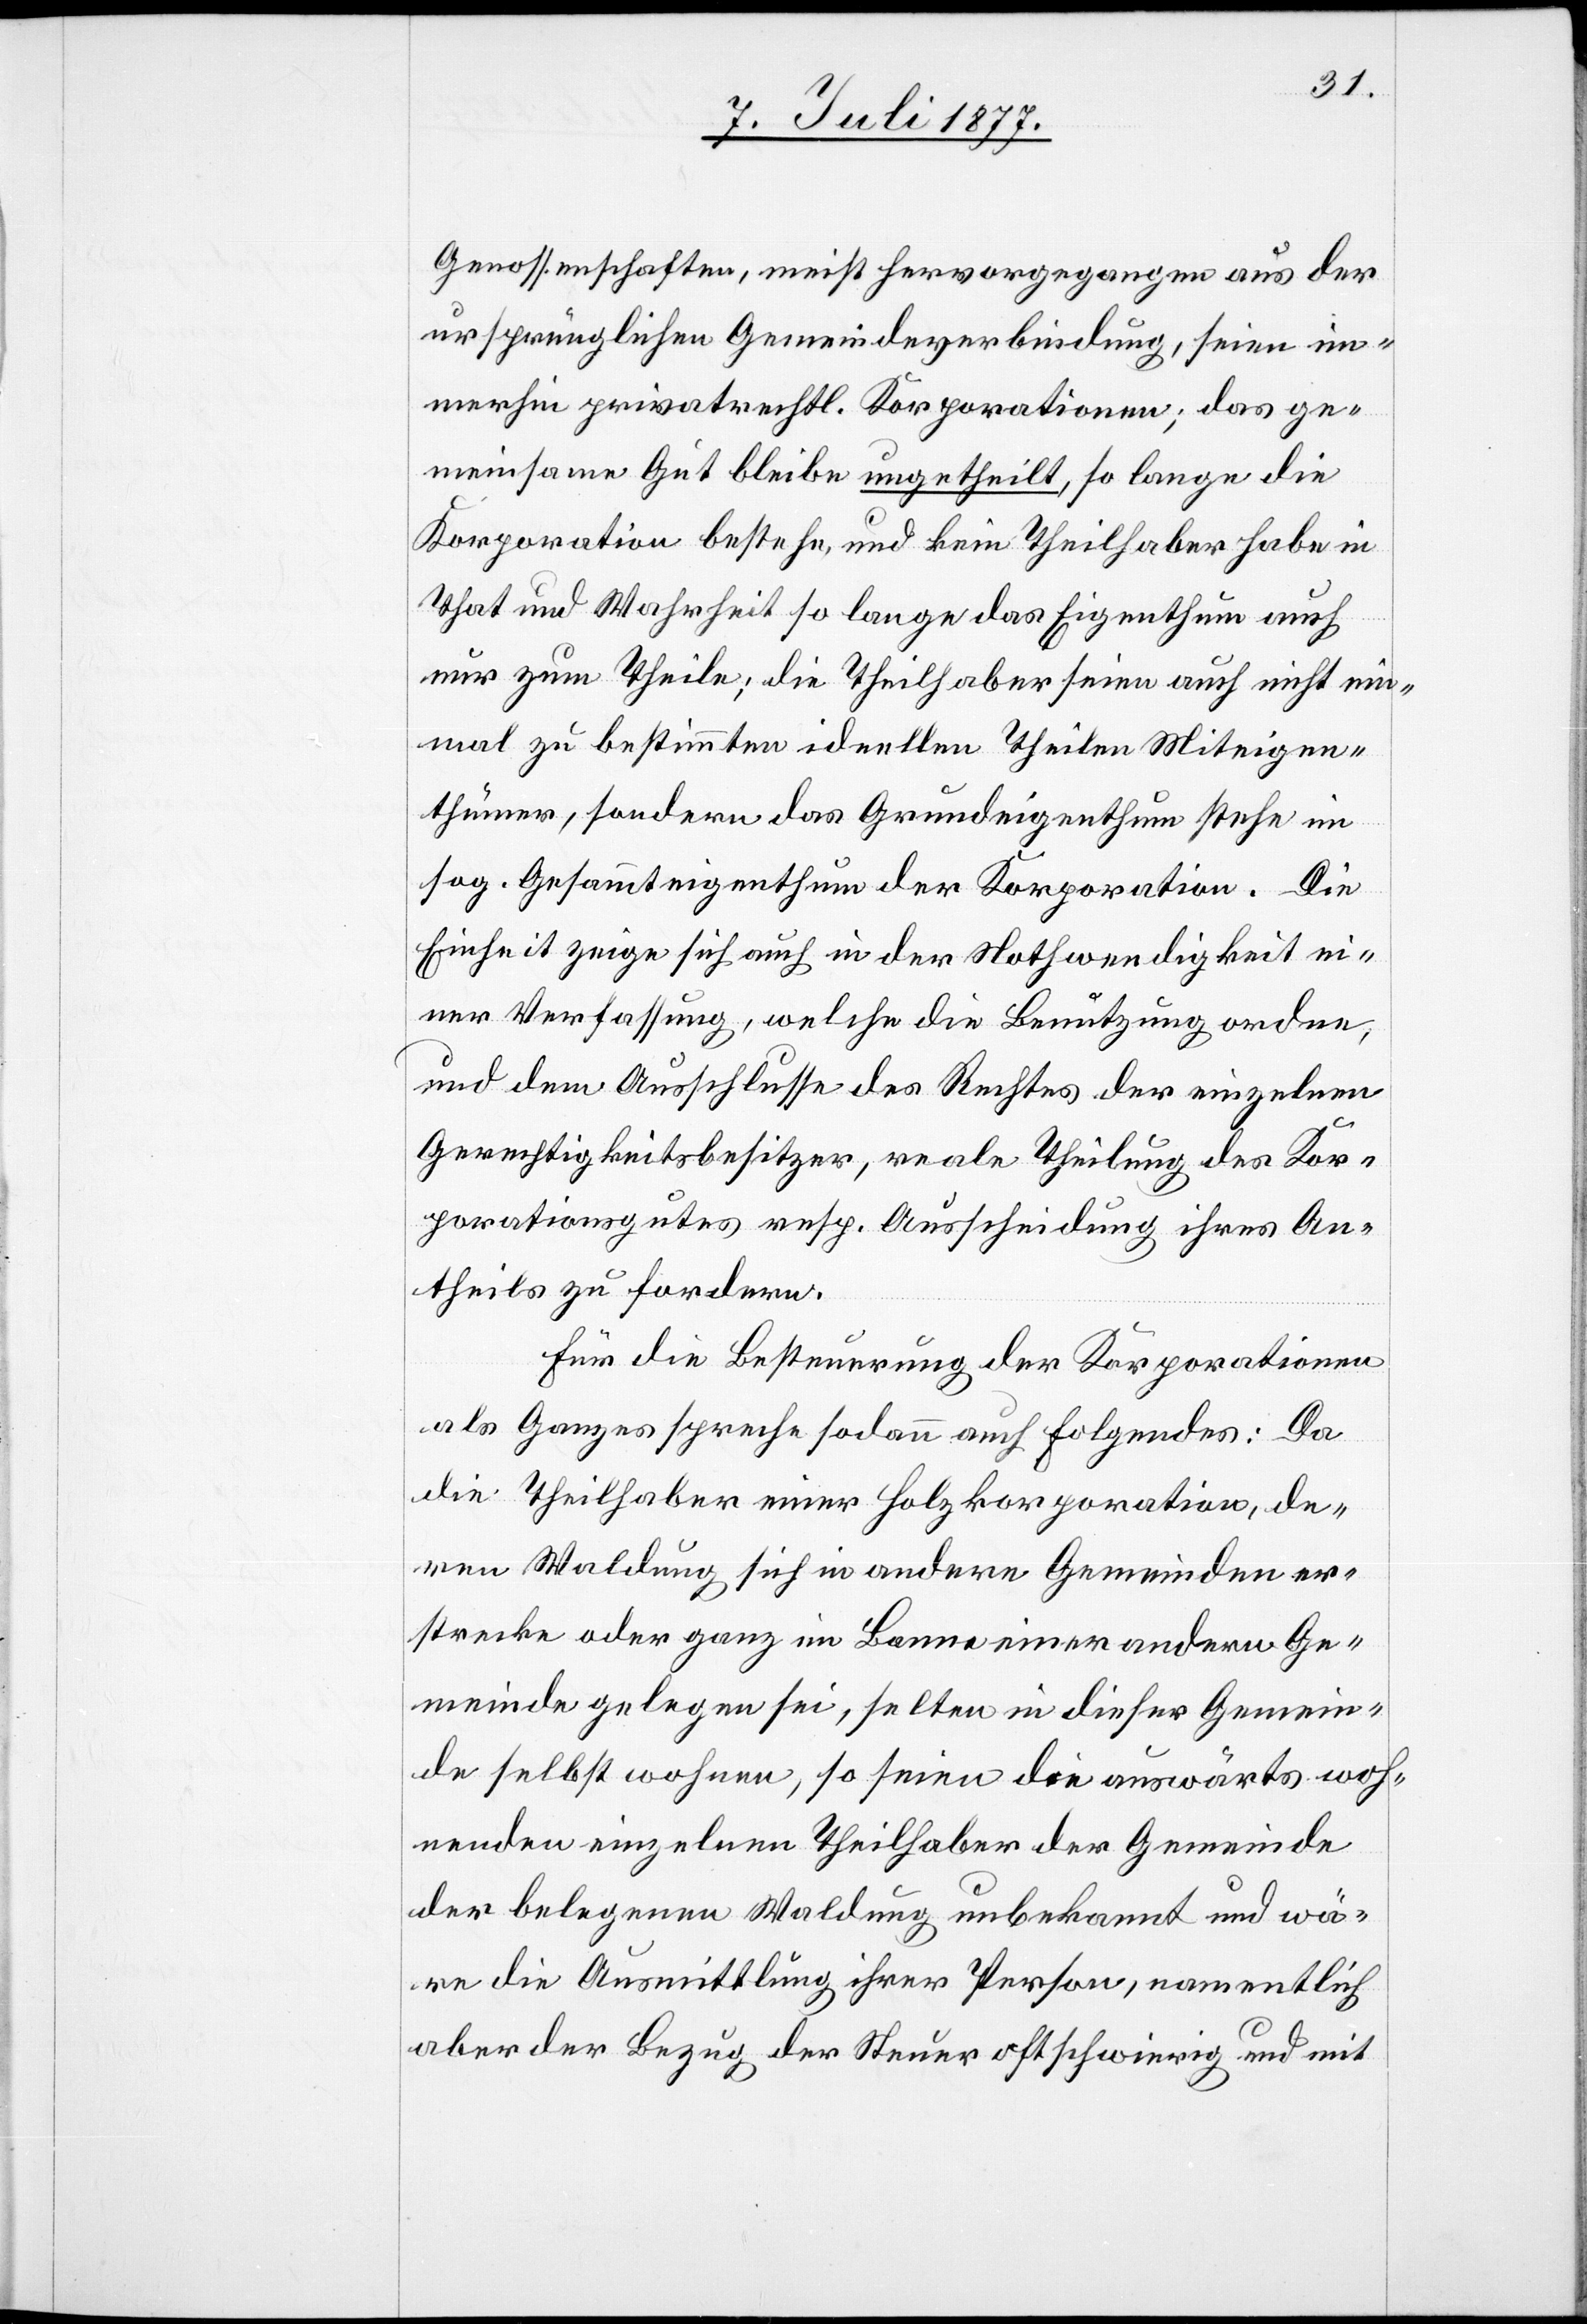
Genossenschaften, meist hervorgegangen aus der
ursprünglichen Gemeindeverbindung, seien im¬
merhin privatrechtl. Korporationen; das ge¬
meinsame Gut bleibe ungetheilt, so lange die
Korporation bestehe, und kein Theilhaber habe in
That und Wahrheit so lange das Eigenthum auch
nur zum Theile; die Theilhaber seien auch nicht ein¬
mal zu bestimmten ideellen Theilen Miteigen¬
thümer, sondern das Grundeigenthum stehe im
sog. Gesammteigenthum der Korporation. Die
Einheit zeige sich auch in der Nothwendigkeit ein¬
er Verfassung, welche die Benutzung ordne,
und dem Ausschlusse des Rechtes der einzelnen
Gerechtigkeitsbesitzer, reale Theilung des Kor¬
porationsgutes resp. Ausscheidung ihres An¬
theils zu fordern.
Für die Besteuerung der Korporationen
als Ganzes spreche sodann auch Folgendes: Da
die Theilhaber einer Holzkorporation, de¬
ren Waldung sich in andere Gemeinden er¬
strecke oder ganz im Banne einer andern Ge¬
meinde gelegen sei, selten in dieser Gemein¬
de selbst wohnen, so seien die auswärts woh¬
nenden einzelnen Theilhaber der Gemeinde
der belegenen Waldung unbekannt und wä¬
re die Ausmittlung ihrer Person, namentlich
aber der Bezug der Steuer oft schwierig und mit